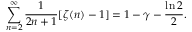
\sum _ { n = 2 } ^ { \infty } { \frac { 1 } { 2 n + 1 } } [ \zeta ( n ) - 1 ] = 1 - \gamma - { \frac { \ln 2 } { 2 } } .